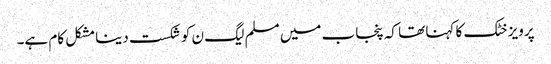
پرویز خٹک کا کہنا تھا کہ پنجاب میں مسلم لیگ ن کو شکست دینا مشکل کام ہے۔